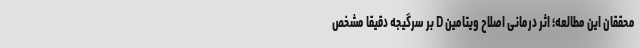
محققان این مطالعه؛ اثر درمانی اصلاح ویتامین D بر سرگیجه دقیقا مشخص